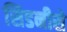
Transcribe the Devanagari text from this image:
सिडनीसे